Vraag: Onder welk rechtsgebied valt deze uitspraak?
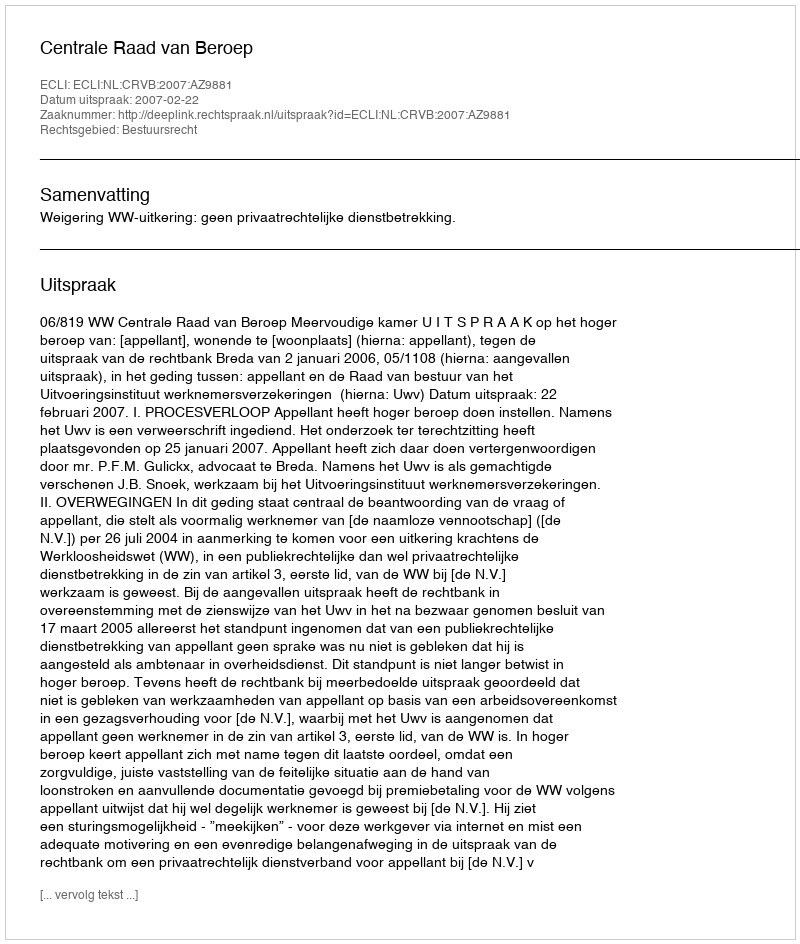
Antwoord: Bestuursrecht